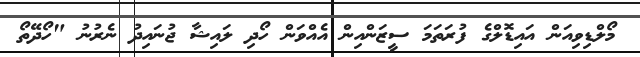
މޯލްޑިވިއަން އައިޑޮލްގެ ފުރަތަމަ ސީޒަންއިން އެއްވަން ހޯދި ލައިޝާ ޖުނައިދު ނެރުނު "ހޯދޭތޯ